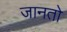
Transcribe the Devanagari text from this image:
जानतो